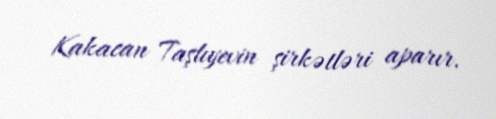
Kakacan Taşlıyevin şirkətləri aparır.